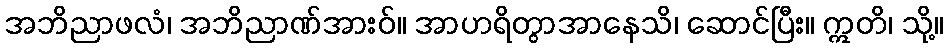
အဘိညာဖလံ၊ အဘိညာဏ်အားဝ်။ အာဟရိတွာအာနေသိ၊ ဆောင်ပြီး။ ဣတိ၊ သို့။